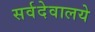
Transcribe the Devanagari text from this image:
सर्वदेवालये